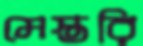
মেস্তরি